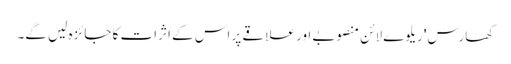
کھارس' ریلوے لائن منصوبے اور علاقے پر اس کے اثرات کا جائزہ لیں گے۔